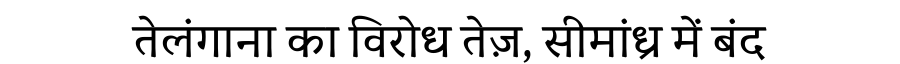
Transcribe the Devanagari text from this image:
तेलंगाना का विरोध तेज़, सीमांध्र में बंद